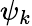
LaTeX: \psi_{k}